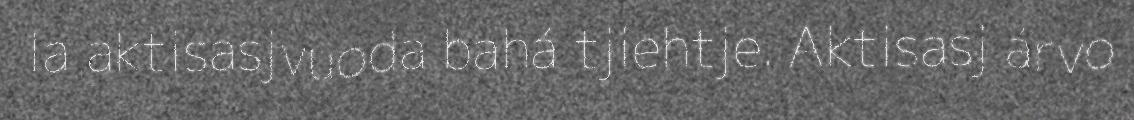
la aktisasjvuoda bahá tjiehtje. Aktisasj árvo